Report on the bubonic plague in Bombay, 1896-1897
Year: 1896
Disease focus: Plague
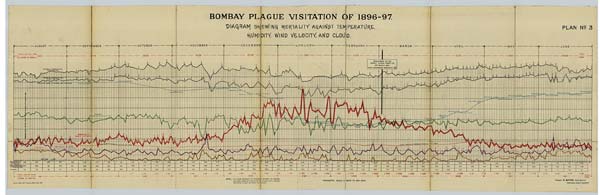
BOMBAY PLAGUE VISITATION OF 1896-97.
DIAGRAM SHOWING MORTALITY AGAINST TEMPERATURE,
HUMIDITY, WIND VELOCITY, AND CLOUD.
PLAN No. 3
Drawn & Litho: Govt. Photozinco: Office, Poona 1897.
NOTE — RED FIGURES REPRESENT THE DIFFERENCE BETWEEN THE AVERAGE
DEATH-RATE BASED ON A POPULATION OF 8,50,000 AND A VARYING
POPULATION & MUST BE ADDED FOR PLAGUE.
HORIZONTAL SCALE 6 DAYS TO ONE INCH
(Signed) W. GATACRE Brig: General
Chairman, Plague Committee.